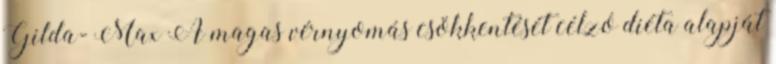
Gilda- Max A magas vérnyomás csökkentését célzó diéta alapját